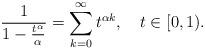
LaTeX: \begin{align*}\frac{1}{1- \frac{t^\alpha}{\alpha}}=\sum_{k=0}^\infty t^{\alpha k},~~~t\in [0,1).\end{align*}